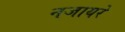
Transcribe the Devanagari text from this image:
नजायरे